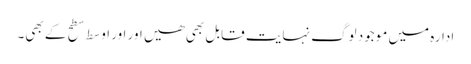
ادارہ میں موجود لوگ نہایت قابل بھی ھیں اور اور اوسط سطح کے بھی۔